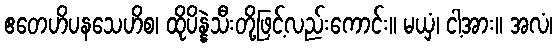
ဧတေဟိပနသေဟိစ၊ ထိုပိန္နဲသီးတို့ဖြင့်လည်းကောင်း။ မယှံ၊ ငါ့အား။ အလံ၊